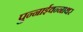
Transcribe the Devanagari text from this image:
पुन्नाईवन्नाथर